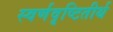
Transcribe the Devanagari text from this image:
स्वर्णवृष्टितीर्थ